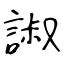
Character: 諔